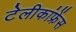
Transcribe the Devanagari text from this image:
टेलीकांफ्रेंस